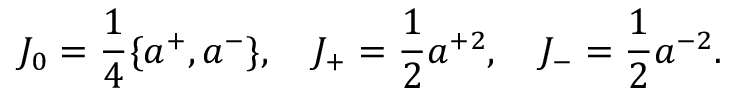
{ \cal J } _ { 0 } = \frac { 1 } { 4 } \{ a ^ { + } , a ^ { - } \} , \quad { \cal J } _ { + } = \frac { 1 } { 2 } a ^ { + 2 } , \quad { \cal J } _ { - } = \frac { 1 } { 2 } a ^ { - 2 } .